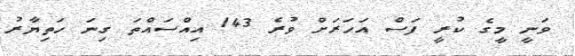
ވަނީ މީގެ ކުރީ ފަސް އަހަރަށް ވުރެ 143 އިއްސައްތަ ގިނަ ހަތިޔާރު